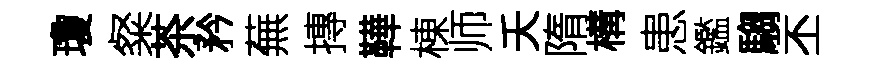
瓊粲茶矜蕪摶鞾棟师夭隋構患鑑騶丕